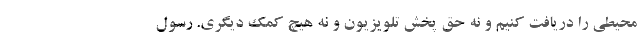
محیطی را دریافت کنیم و نه حق پخش تلویزیون و نه هیچ کمک دیگری. رسول